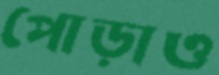
পোড়াও